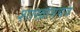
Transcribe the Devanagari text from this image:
शाखावयव